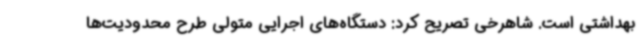
بهداشتی است. شاهرخی تصریح کرد: دستگاه‌های اجرایی متولی طرح محدودیت‌ها